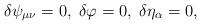
LaTeX: \begin{align*}\delta \psi _{\mu \nu }=0,\;\delta \varphi =0,\;\delta \eta_\alpha =0,\end{align*}